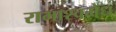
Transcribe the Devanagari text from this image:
रामाश्वमेध